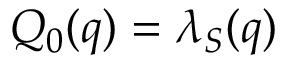
Q _ { 0 } ( q ) = \lambda _ { S } ( q )